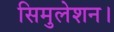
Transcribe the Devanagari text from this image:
सिमुलेशन।